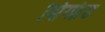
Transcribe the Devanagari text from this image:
सिग्फ्रेड